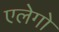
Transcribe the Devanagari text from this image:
एलेगो